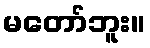
မတော်ဘူး။